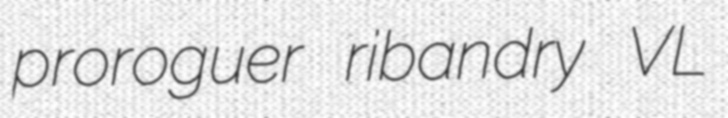
proroguer ribandry VL